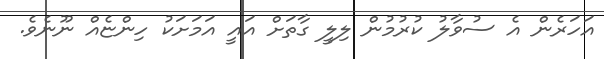
އަހަރެން އެ ސުވާލު ކުރުމުން ލިލީ ގާތަށް އައީ އަމަށަކު ހިންޏެއް ނޫނެވެ.